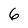
Character: 6